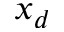
x _ { d }